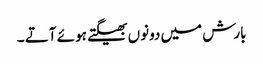
بارش میں دونوں بھیگتے ہو ئے آتے ۔